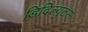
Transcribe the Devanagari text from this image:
डिदिल्युटस